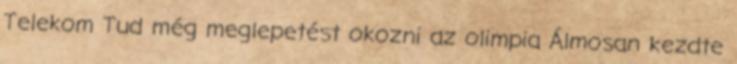
Telekom Tud még meglepetést okozni az olimpia Álmosan kezdte